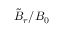
\tilde { B } _ { r } / B _ { 0 }